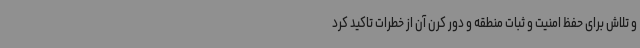
و تلاش برای حفظ امنیت و ثبات منطقه و دور کرن آن از خطرات تاکید کرد